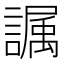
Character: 𫍏